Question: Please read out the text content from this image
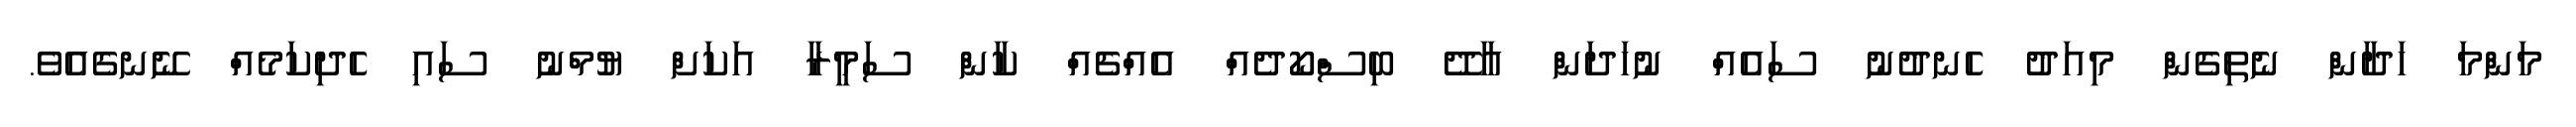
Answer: މަންމަ ހަދާން ނެތިގެން މިއަދު ހެނދުނު ސައެއް ނުހަދަން އާދޭ ބިސްކޯދެއް އެއްޗެއް ކާން ސަމީރާ އަކަށް ޔުމްނު ސައި ހެދިކަމެއް ނޭނގެއެވެ.